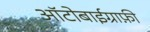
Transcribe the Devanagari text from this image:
आॅटोबाईग्राफ़ी